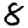
Digit: 8